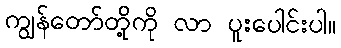
ကျွန်တော်တို့ကို လာ ပူးပေါင်းပါ။